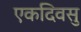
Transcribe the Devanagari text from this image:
एकदिवसु